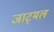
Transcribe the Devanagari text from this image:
जाट्मल